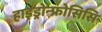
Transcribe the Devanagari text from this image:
हाइड्रोन्फ्रोसिसि